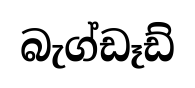
බැග්ඩෑඩ්